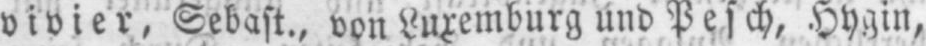
vivier, Sebast., von Luxemburg und Pesch, Hygin,